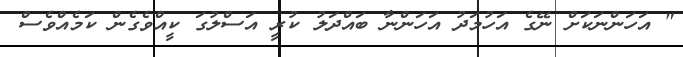
" އަހަންނަކަށް ނޭގެ އަހުމަދު އަހަންނާ ބައްދަލު ކުރީ އަސްލުގަ ކީއްވެގެން ކަމެއްވެސް